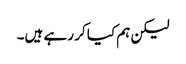
لیکن ہم کیا کر رہے ہیں۔